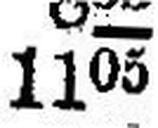
1105